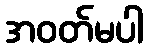
အဝတ်မပါ